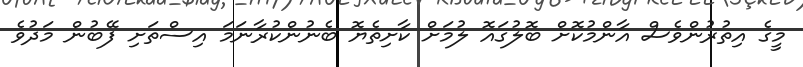
މީގެ އިތުރުންވެސް އާންމުކޮށް ބޮލުގައޮ ލުމަށް ކާށިތެޔޮ ބެނުންކުރާނަމަ އިސްތަށި ފޭބުން މަދުވެ